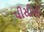
પીસીબી